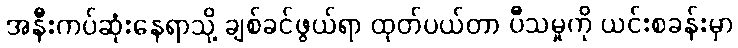
အနီးကပ်ဆုံးနေရာသို့ ချစ်ခင်ဖွယ်ရာ ထုတ်ပယ်တာ ပီသမှုကို ယင်းစခန်းမှာ